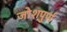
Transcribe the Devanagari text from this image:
जोशपुर्ण